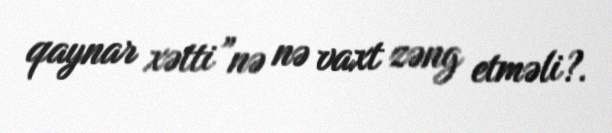
qaynar xətti”nə nə vaxt zəng etməli?.